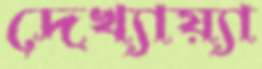
দেখ্যায়্যা